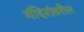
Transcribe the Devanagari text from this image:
मंदिरांवरील